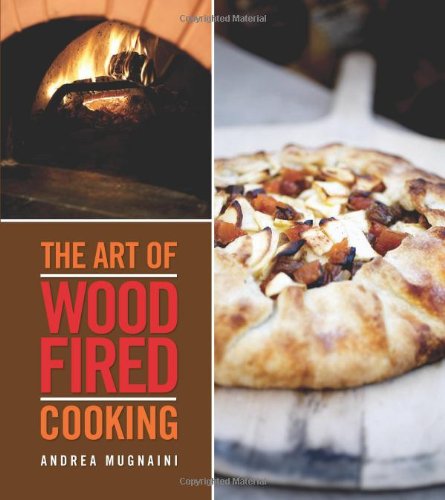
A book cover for The Art of Wood-Fired Cooking; Andrea Mugnaini; Cookbooks, Food & Wine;